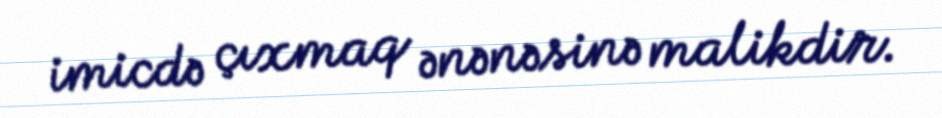
imicdə çıxmaq ənənəsinə malikdir.